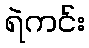
ရဲကင်း